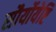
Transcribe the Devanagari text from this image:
सौर्योयेष्टि